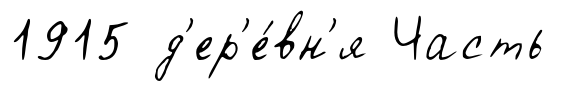
1915 д'ер'е́вн'я Часть